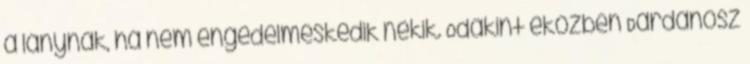
a lánynak, ha nem engedelmeskedik nekik. Odakint eközben Dardanosz